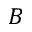
B